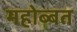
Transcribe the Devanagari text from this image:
महोब्बत